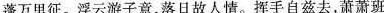
蓬万里征。浮云游子意，落日故人情。挥手自兹去，萧萧班